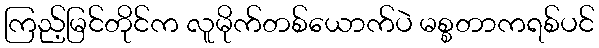
ကြည့်မြင်တိုင်က လူမိုက်တစ်ယောက်ပဲ မစ္စတာကရစ်ပင်